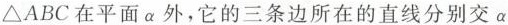
△ABC在平面α外，它的三条边所在的直线分别交α